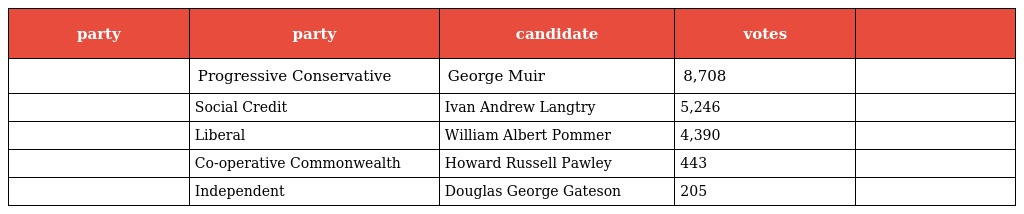
| party | party | candidate | votes |  |
 | --- | --- | --- | --- | --- |
 |  | Progressive Conservative | George Muir | 8,708 |  |
 |  | Social Credit | Ivan Andrew Langtry | 5,246 |  |
 |  | Liberal | William Albert Pommer | 4,390 |  |
 |  | Co-operative Commonwealth | Howard Russell Pawley | 443 |  |
 |  | Independent | Douglas George Gateson | 205 |  |